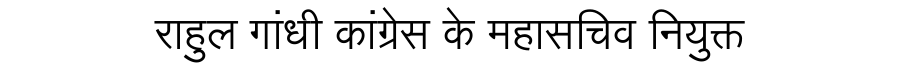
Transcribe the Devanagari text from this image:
राहुल गांधी कांग्रेस के महासचिव नियुक्त